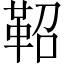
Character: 鞀